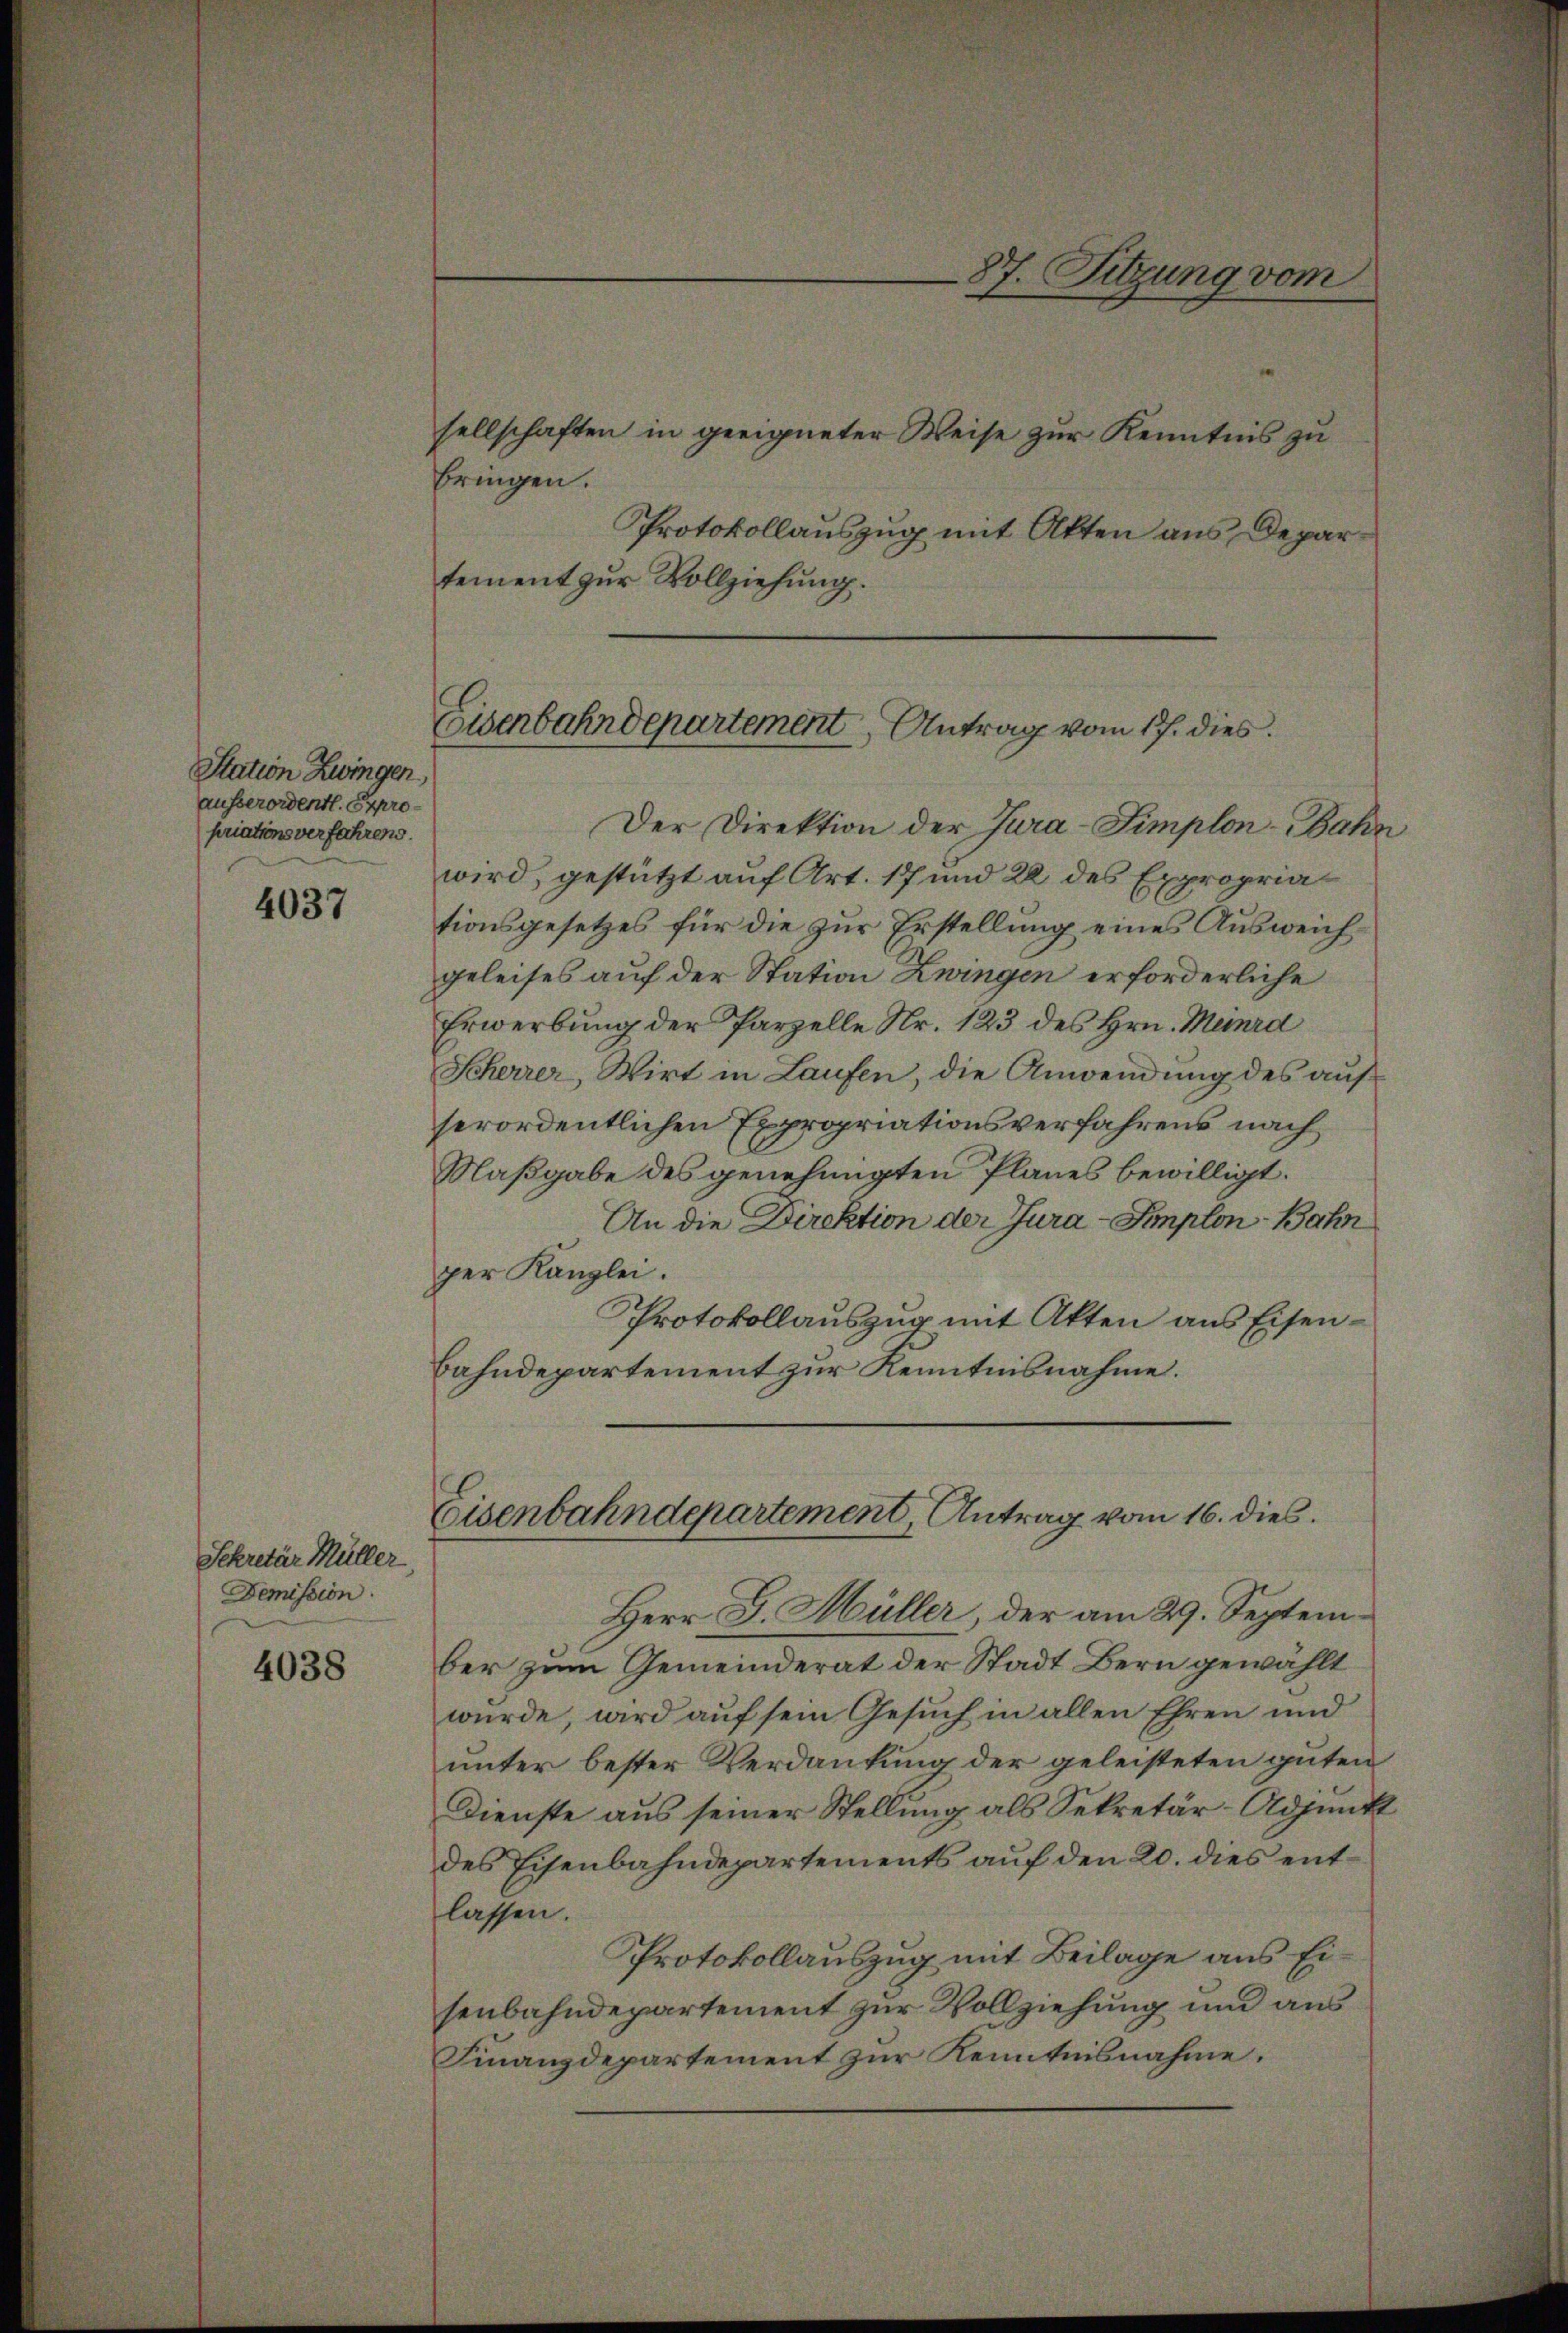
Station Zwingen,
ausserordentl. Expropriationsverfahrens.

4037

Sekretär Müller,
Demission.

4038

sellschaften in geeigneter Weise zur Kenntnis zu
bringen.
Protokollauszug mit Akten aus Departement zur Vollziehung.
Der Direktion der Jura-Simplon-Bahn
wird, gestützt auf Art. 17 und 22 des Expropriationsgesetzes für die zur Erstellung eines Ausweichgeleises auf der Station Zwingen erforderliche
Erwerbung der Parzelle Nr. 123 des Hrn. Mend
Scherrer, Wirt in Laufen, die Anwendung des aufserordentlichen Expropriationsverfahrens nach
Maßgabe des genehmigten Planes bewilligt.
An die Direktion der Jura - Implon-Bahn
per Kanzlei.
Protokollauszug mit Akten aus Eisen¬
Bahndepartement zur Kenntnisnahme.
Eisenbahndepartement, Antrag vom 16. dies
Herr J. Müller, der am 29. September zum Gemeinderat der Stadt Bern gewählt
würde, wird auf sein Gesuch in allen Ehren und
unter bester Verdankung der geleisteten guten
Dienste aus seiner Stellung als Sekretär-Adjunkt
des Eisenbahndepartements auf den 20. dies entlassen.
Protokollauszug mit Beilage aus Eisenbahndepartement zur Vollziehung und aus
Finanzdepartement zur Kenntnisnahme.

87. Sitzung vom

Eisenbahndepartement, Antrag vom 17. dies